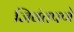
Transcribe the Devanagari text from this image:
जिवंतपणे